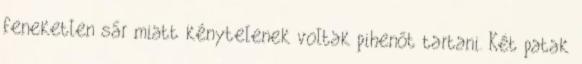
feneketlen sár miatt kénytelenek voltak pihenőt tartani. Két patak